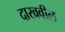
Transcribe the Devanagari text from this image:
दाखवील